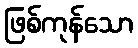
ဖြစ်ကုန်သော